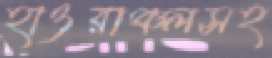
হাওরাঞ্চলসহ